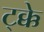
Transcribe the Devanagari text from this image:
ट्क्के